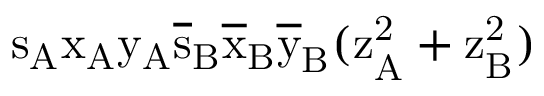
\mathrm { s _ { A } \mathrm { x _ { A } \mathrm { y _ { A } \mathrm { \overline { { s } } _ { B } \mathrm { \overline { { x } } _ { B } \mathrm { \overline { { y } } _ { B } ( \mathrm { z _ { A } ^ { 2 } + \mathrm { z _ { B } ^ { 2 } ) } } } } } } } }